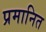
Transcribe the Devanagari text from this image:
प्रमानित